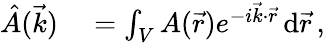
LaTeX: \begin{array}{rl}{\hat{A}(\vec{k})}&{{}=\int_{V}A(\vec{r})e^{-i\vec{k}\cdot\vec{r}}\, \mathrm{d}\vec{r}\, ,}\end{array}